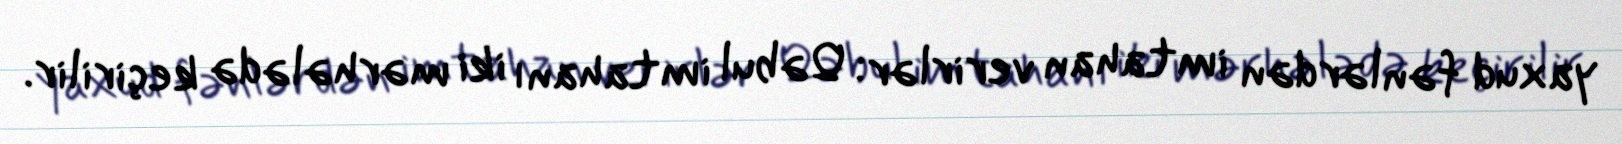
yaxud fənlərdən imtahan verirlər: Qəbul imtahanı iki mərhələdə keçirilir.